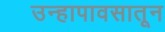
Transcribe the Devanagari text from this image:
उन्हापावसातून